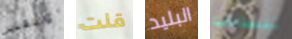
والتفكير قلت البليد تنساني